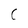
Character: C